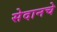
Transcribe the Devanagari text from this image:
सेदानचे